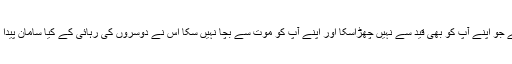
ایسا خدا ہے جو اپنے آپ کو بھی قید سے نہیں چھڑاسکا اور اپنے آپ کو موت سے بچا نہیں سکا اس نے دوسروں کی رہائی کے کیا سامان پیدا کرنے ہیں۔